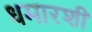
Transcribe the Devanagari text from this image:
धमारशी